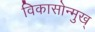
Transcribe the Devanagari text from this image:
विकासोन्मुख्